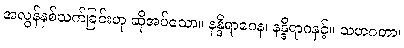
အလွန်နှစ်သက်ခြင်းဟု ဆိုအပ်သော။ နန္ဒိရာဂေန၊ နန္ဒိရာဂနှင့်။ သဟဂတာ၊